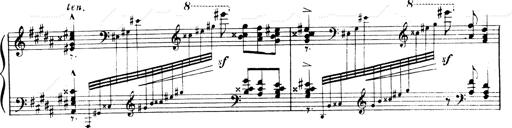
Title: Andante Finale und Marsch aus der Oper KÃ¶nig Alfred
Composer: Franz Liszt